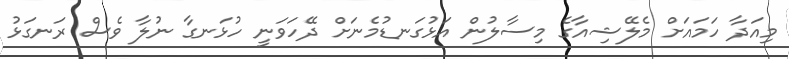
މިއަދާ ހަމައަށް މެލޭޝިއާގެ މިސާލުން އަޅުގަނޑުމެނަށް ދޭހަވަނީ ހުޅަނގާ ނުލާ ވެސް ރަނގަޅު